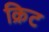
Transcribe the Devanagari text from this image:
क्रिट